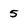
Character: 5